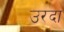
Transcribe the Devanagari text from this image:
उरदा